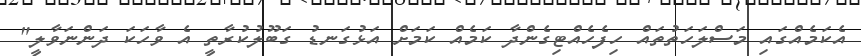
އެކަމެއްގައި މަސްލަހަތުތައް ހިފެހެއްޓިގެންދާ ކަމެއް ކަމަށް އަޅުގަނޑު ގަބޫލުކުރާތީ އެ ވާހަކަ ދަންނަވާލީ"